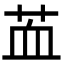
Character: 䒸